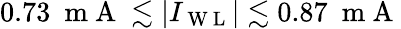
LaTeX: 0.73~\mathrm{~m~A~}\lesssim|I_{\mathrm{~W~L~}}|\lesssim 0.87~\mathrm{~m~A~}